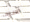
سوف